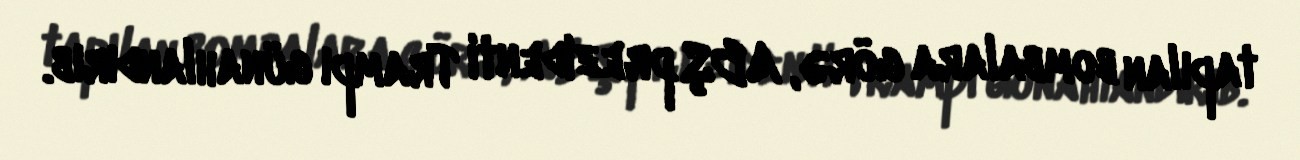
tapılan bombalara görə, ABŞ prezidenti Trampı günahlandırıb.